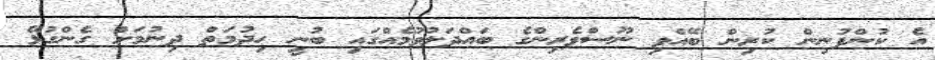
އެ ކުންފުނިން ކުރިން ބޭއްވި ނޫސްވެރިންގެ ބައްދަލުވުމެއްގައި ބުނީ ހިދުމަތް ދިނުމަށް ގެންގުޅޭ